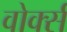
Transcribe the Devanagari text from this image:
वोर्क्स